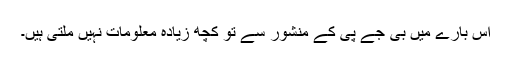
اس بارے میں بی جے پی کے منشور سے تو کچھ زیادہ معلومات نہیں ملتی ہیں۔